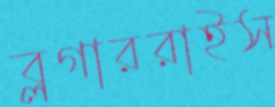
ব্লগাররাইস